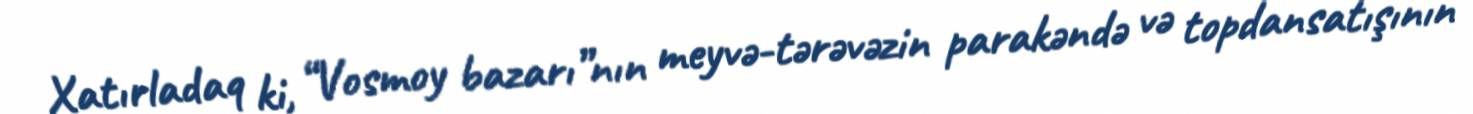
Xatırladaq ki, “Vosmoy bazarı”nın meyvə-tərəvəzin parakəndə və topdansatışının